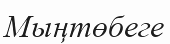
Мыңтөбеге